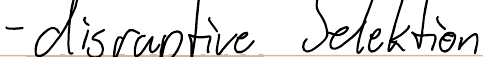
- disruptive Selektion